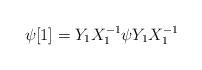
LaTeX: \begin{align*} \psi[1] = Y_{1} X_{1}^{-1} \psi Y_{1} X_{1}^{-1} \end{align*}